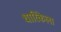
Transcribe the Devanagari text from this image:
धारिकेला